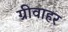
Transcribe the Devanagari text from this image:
ग्रीवाहर